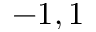
- 1 , 1